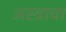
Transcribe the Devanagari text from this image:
अस्त्राचा